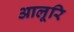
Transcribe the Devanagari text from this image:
आलूरि